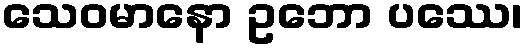
သေဝမာနော ဥဘော ပဿေ၊